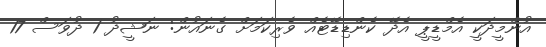
އުންމީދަކީ އެމްޑީޕީ އެދޭ ކެންޑިޑޭޓެއް ވެރިކަމަށް ގެނައުން: ނަޝީދު 1 ދުވަސް 17